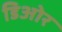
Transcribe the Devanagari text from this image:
डिओर